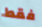
فقط